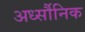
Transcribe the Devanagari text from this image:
अर्ध्सौनिक